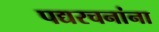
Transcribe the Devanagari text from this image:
पद्यरचनांना